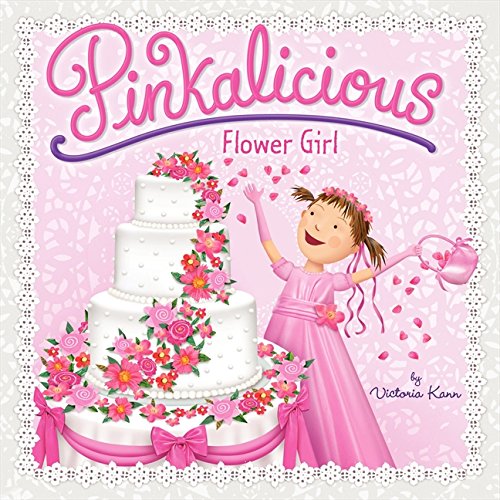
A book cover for Pinkalicious: Flower Girl; Victoria Kann; Children's Books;